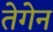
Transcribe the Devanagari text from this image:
तेगेन